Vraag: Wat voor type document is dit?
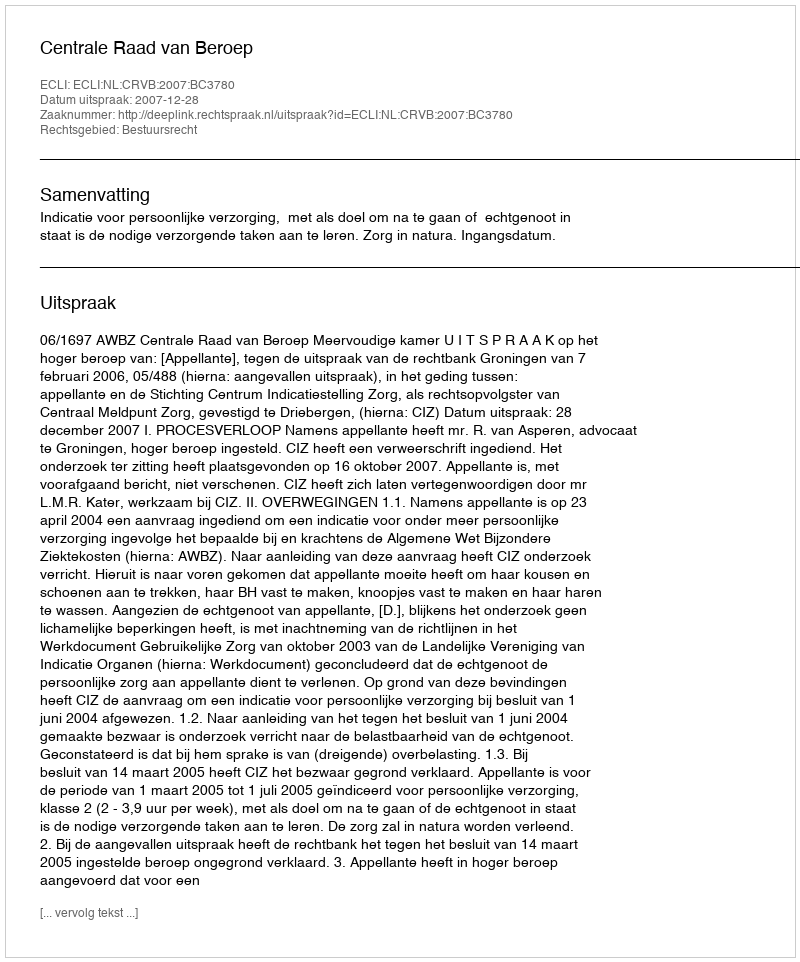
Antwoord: Uitspraak